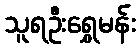
သူရဦးရွှေမန်း